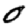
Digit: 0